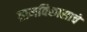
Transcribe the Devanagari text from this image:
ग्रामविकासाचे